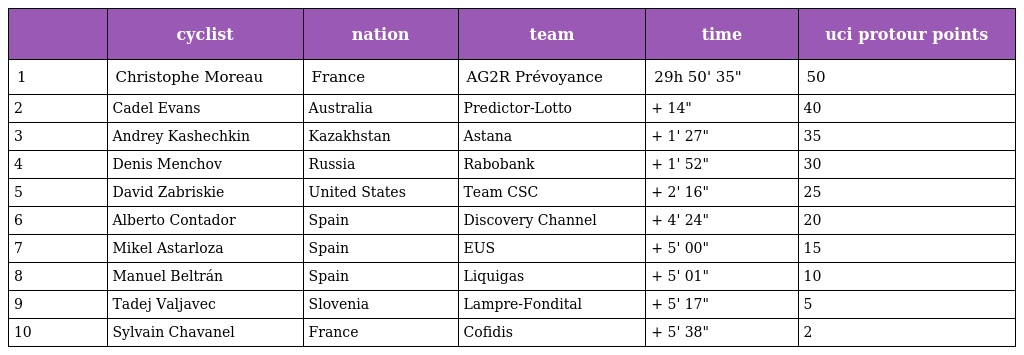
|  | cyclist | nation | team | time | uci protour points |
 | --- | --- | --- | --- | --- | --- |
 | 1 | Christophe Moreau | France | AG2R Prévoyance | 29h 50' 35" | 50 |
 | 2 | Cadel Evans | Australia | Predictor-Lotto | + 14" | 40 |
 | 3 | Andrey Kashechkin | Kazakhstan | Astana | + 1' 27" | 35 |
 | 4 | Denis Menchov | Russia | Rabobank | + 1' 52" | 30 |
 | 5 | David Zabriskie | United States | Team CSC | + 2' 16" | 25 |
 | 6 | Alberto Contador | Spain | Discovery Channel | + 4' 24" | 20 |
 | 7 | Mikel Astarloza | Spain | EUS | + 5' 00" | 15 |
 | 8 | Manuel Beltrán | Spain | Liquigas | + 5' 01" | 10 |
 | 9 | Tadej Valjavec | Slovenia | Lampre-Fondital | + 5' 17" | 5 |
 | 10 | Sylvain Chavanel | France | Cofidis | + 5' 38" | 2 |